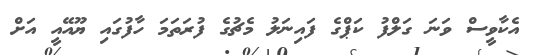
އެކާވީސް ވަނަ ގަލްފު ކަޕްގެ ފައިނަލު މެޗުގެ ފުރަތަމަ ހާފުގައި ޔޫއޭއީ އަށް